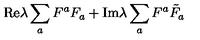
\mathrm { R e } \lambda \sum _ { a } F ^ { a } F _ { a } + \mathrm { I m } \lambda \sum _ { a } F ^ { a } { \tilde { F } _ { a } }